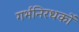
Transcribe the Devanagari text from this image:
गर्भनिरधकों